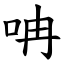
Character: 呥